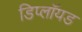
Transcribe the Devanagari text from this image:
डिप्लॉयड